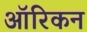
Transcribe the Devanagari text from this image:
ऑरिकन